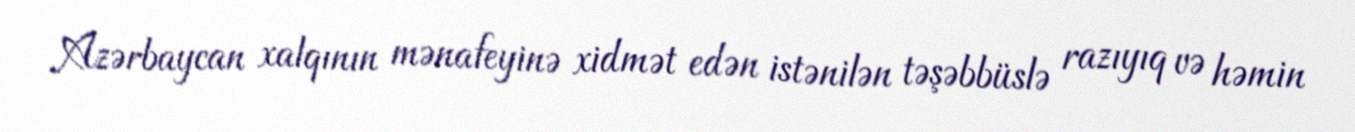
Azərbaycan xalqının mənafeyinə xidmət edən istənilən təşəbbüslə razıyıq və həmin